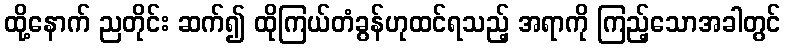
ထို့နောက် ညတိုင်း ဆက်၍ ထိုကြယ်တံခွန်ဟုထင်ရသည့် အရာကို ကြည့်သောအခါတွင်